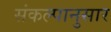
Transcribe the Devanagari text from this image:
संकल्पानुसार